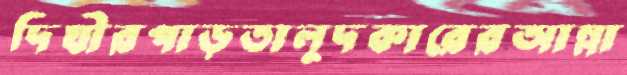
দিঘীরপাড়তালুদকারেরআম্লা